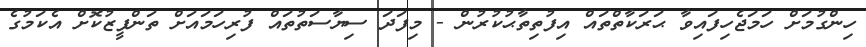
ހިންގުމަށް ހަމަޖެހިފައިވާ ޙަރަކާތްތައް އިފުތިތާޙުކުރުން - މިފަދަ ސިޔާސަތުތައް ފުރިހަމައަށް ތަންފީޒުކޮށް އެކަމުގެ